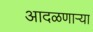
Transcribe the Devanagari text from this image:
आदळणार्‍या